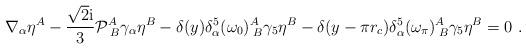
LaTeX: \begin{align*}\nabla_\alpha\eta^A-\frac{\sqrt{2}{\rm i}}{3}{\cal P}^{A}_{\;B}\gamma_\alpha\eta^B-\delta(y)\delta_\alpha^5(\omega_{0})^{A}_{\;B}\gamma_5\eta^B-\delta(y-\pi r_c)\delta_\alpha^5(\omega_\pi)^{A}_{\;B}\gamma_5\eta^B=0\ .\end{align*}